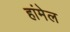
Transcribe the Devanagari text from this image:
हांमेल